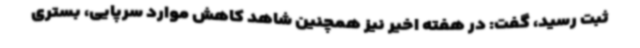
ثبت رسید، گفت: در هفته اخیر نیز همچنین شاهد کاهش موارد سرپایی، بستری